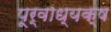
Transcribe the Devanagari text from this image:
पूर्वाध्यक्ष